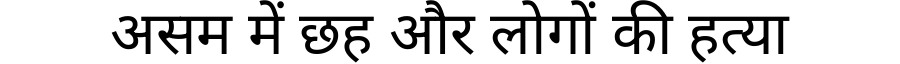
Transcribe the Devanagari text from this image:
असम में छह और लोगों की हत्या